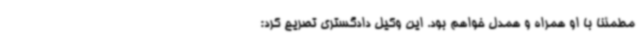
مطمئناً با او همراه و همدل خواهم بود. این وکیل دادگستری تصریح کرد: